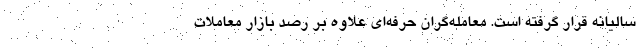
سالیانه قرار گرفته است. معامله‌گران حرفه‌ای علاوه بر رصد بازار معاملات